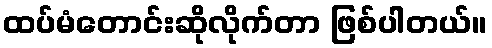
ထပ်မံတောင်းဆိုလိုက်တာ ဖြစ်ပါတယ်။